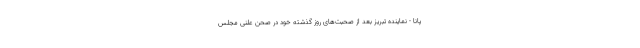
پانا - نماینده تبریز بعد از صحبت‌های روز گذشته خود در صحن علنی مجلس